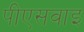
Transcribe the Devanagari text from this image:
पीएसवाइ